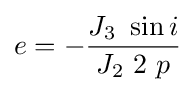
e=-{\frac {J_{3}\ \sin i}{J_{2}\ 2\ p}}